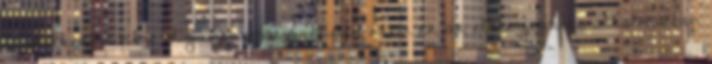
rendelkezésünkre elég információ, éppen ezért ez az előterjesztés alkalmatlan